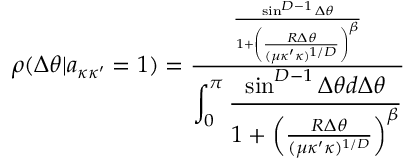
\begin{array} { r } { \rho ( \Delta \theta | a _ { \kappa \kappa ^ { \prime } } = 1 ) = \frac { \frac { \sin ^ { D - 1 } \Delta \theta } { 1 + \left( \frac { R \Delta \theta } { ( \mu \kappa ^ { \prime } \kappa ) ^ { 1 / D } } \right) ^ { \beta } } } { \displaystyle \int _ { 0 } ^ { \pi } \frac { \sin ^ { D - 1 } \Delta \theta d \Delta \theta } { 1 + \left( \frac { R \Delta \theta } { ( \mu \kappa ^ { \prime } \kappa ) ^ { 1 / D } } \right) ^ { \beta } } } } \end{array}